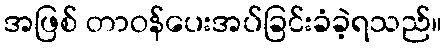
အဖြစ် တာဝန်ပေးအပ်ခြင်းခံခဲ့ရသည်။